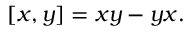
[ x , y ] = x y - y x .